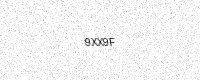
Text: 9XX9F